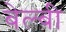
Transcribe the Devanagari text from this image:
बेल्बी